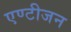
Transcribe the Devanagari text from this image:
एण्टीजन